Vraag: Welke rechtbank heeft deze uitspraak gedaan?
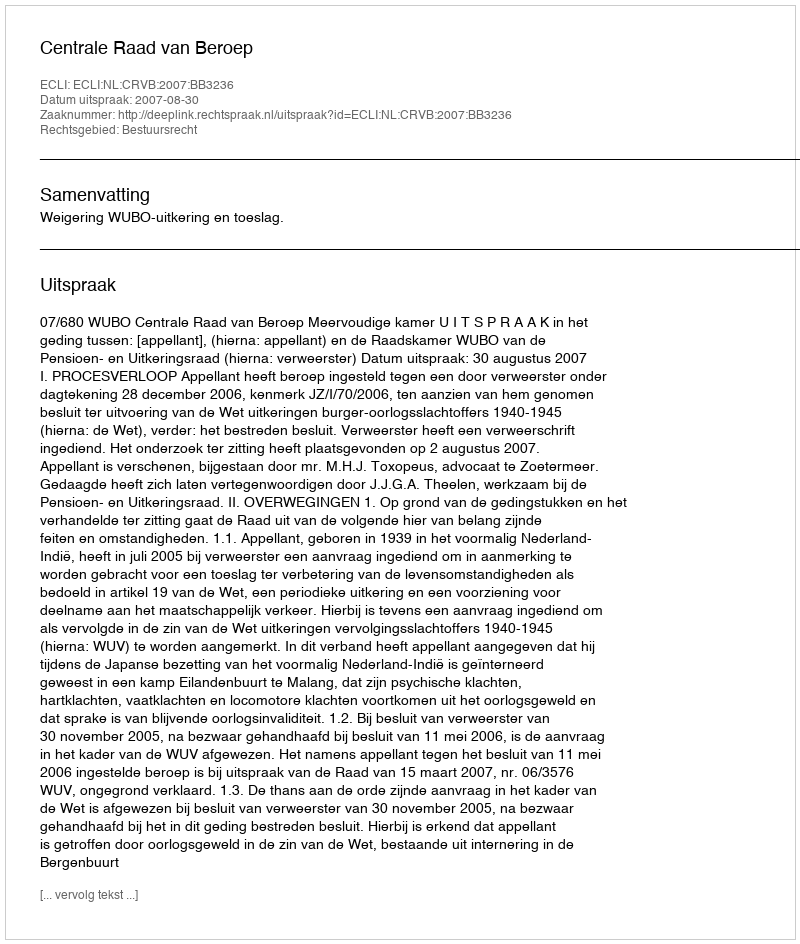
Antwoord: Centrale Raad van Beroep